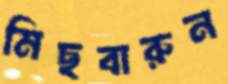
মিছবারুন